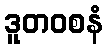
ဒူတဝစနံ